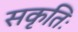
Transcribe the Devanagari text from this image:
सकृतिः